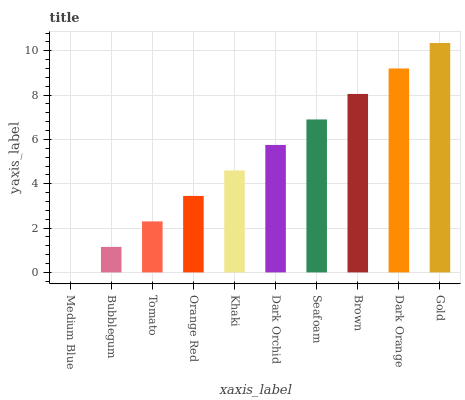
| xaxis_label | bars |
 | --- | --- |
 | Medium Blue | 0 |
 | Bubblegum | 1.15 |
 | Tomato | 2.3 |
 | Orange Red | 3.45 |
 | Khaki | 4.6 |
 | Dark Orchid | 5.75 |
 | Seafoam | 6.9 |
 | Brown | 8.05 |
 | Dark Orange | 9.2 |
 | Gold | 10.4 |